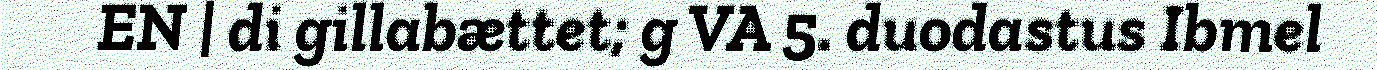
EN | di gillabættet; g VA 5. duodastus Ibmel